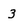
Character: z